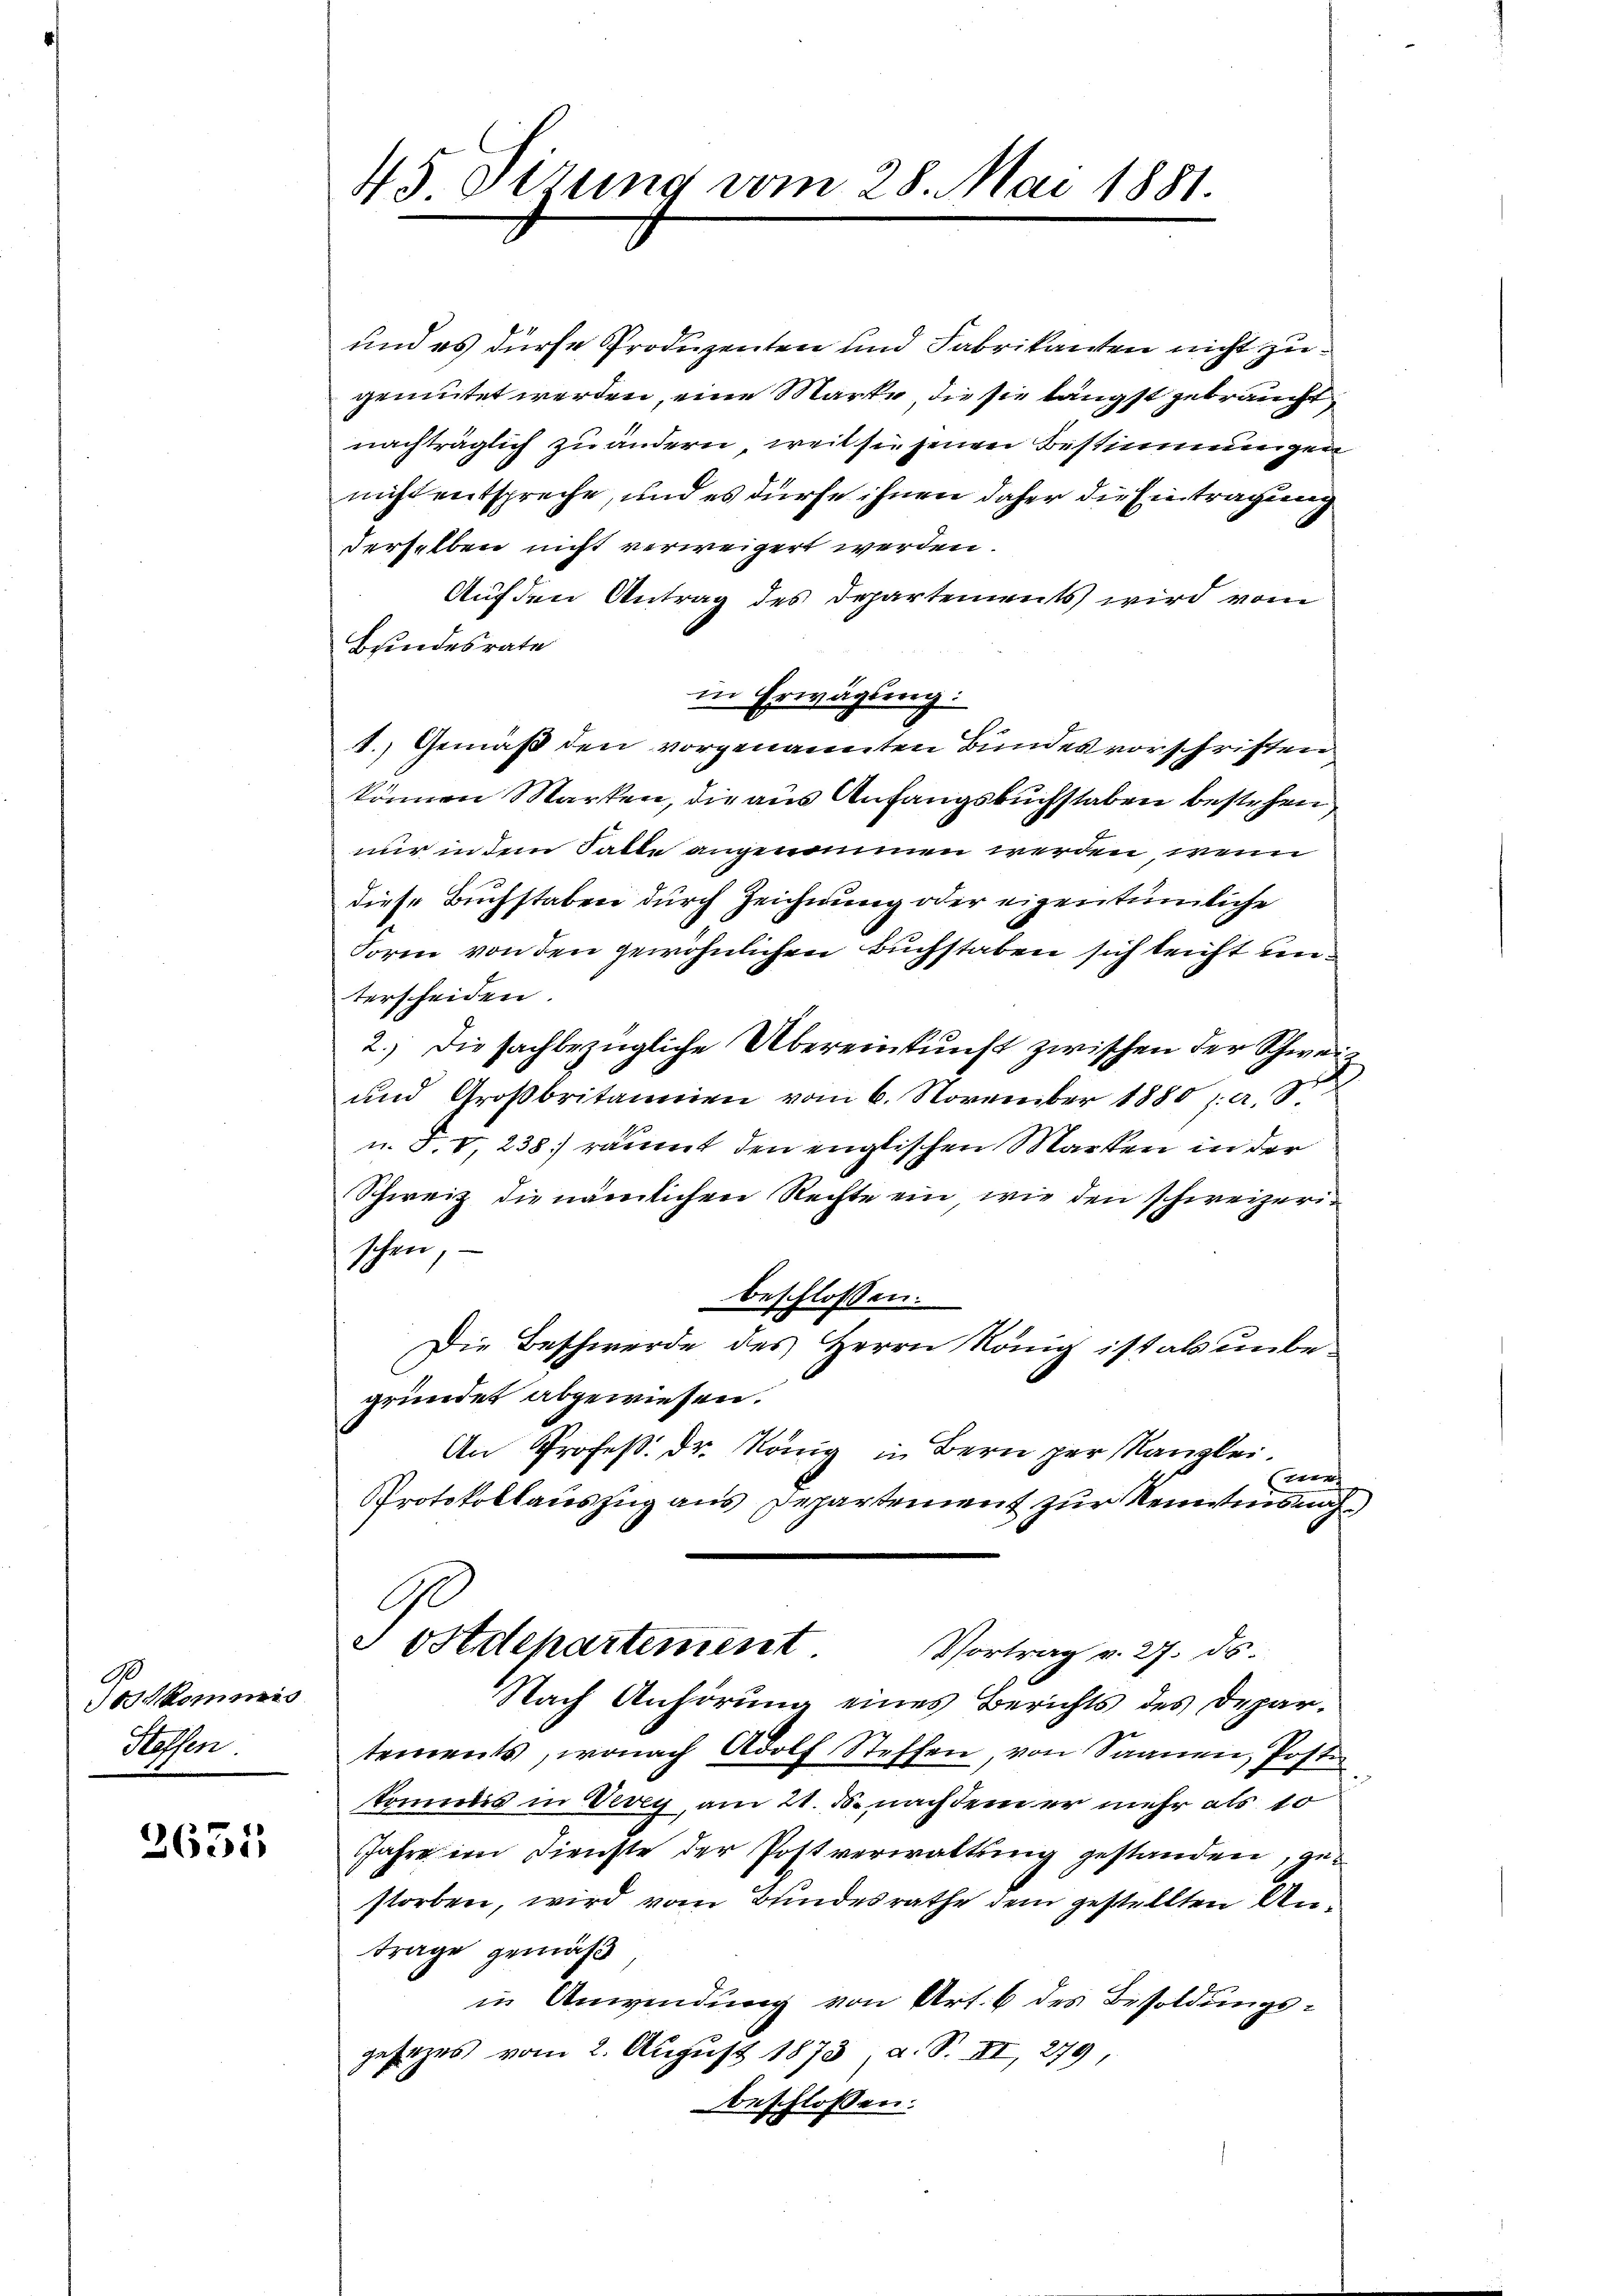
90
erkommis
Hossen.

2651

45 Oerung vom 28. Mai 1881.

und es dürfe Produzenten und Fabrikanten nicht zugemutet werden, eine Marke die sie längst gebraucht
nachträglich zu ändern, weil sie jenen Bestimmungen
nicht entspreche, und es dürfe ihnen daher die Eintragung
derselben nicht verweigert werden.
Auf den Antrag des Departements wird vom
Beindesrate
in Erwägung:
1.) Gemäß den vorgenannten Bundesvorschriften.
können Marten, die aus Anfangsbuchstaben bestehen
nur in dem Falle angenommen werden, wenn
diese Buchstaben durch Zeichnung oder eigentümliche
Form von den gewöhnlichen Buchstaben sich leicht unterscheiden.
2.) Die sachbezügliche Übereinkunft zwischen der Schweiz
und Großbritannien vom 6. November 1885 ja. S.
u. 3. V, 238 räumt den englischen Marten in der
Schweiz die nämlichen Rechte ein, wie den schweizerischen,
beschlossen:
Die Beschwerde des Herrn König ist als unbegründet abgewiesen.
An Profeß. Dr. König in Bern per Kanzlei.
r
Protokollauszug aus Departement zur Reistens nach¬
C
Postdepartement.
Vortrag v. 27. ds.
Nach Anhörung eines Berichts des Departements, wonach Adolf Steffen, von Saanen, Poste
kommis in Vevey, am 21. ds. nachdem er mehr als 10
Jahre im Dienste der Postverwaltung gestanden, gestorben, wird vom Bundesrathe dem gestellten An¬
Frage gemäß
in Anwendung von Art. 6 des Besoldungsgesezes vom 2. August 1873, a. S. II, 279,
beschlossen: